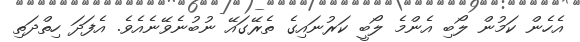
އެހެން ކަމުން ލޯބި އެންމެ ލޯބީ ކަރުނައިގެ ތެރޭގައޭ ނުބުނެވޭނެއެވެ. އެފަދަ ހިތްދަތި